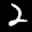
Label: 2